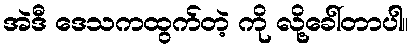
အဲဒီ ဒေသကထွက်တဲ့ ကို လို့ခေါ်တာပါ။